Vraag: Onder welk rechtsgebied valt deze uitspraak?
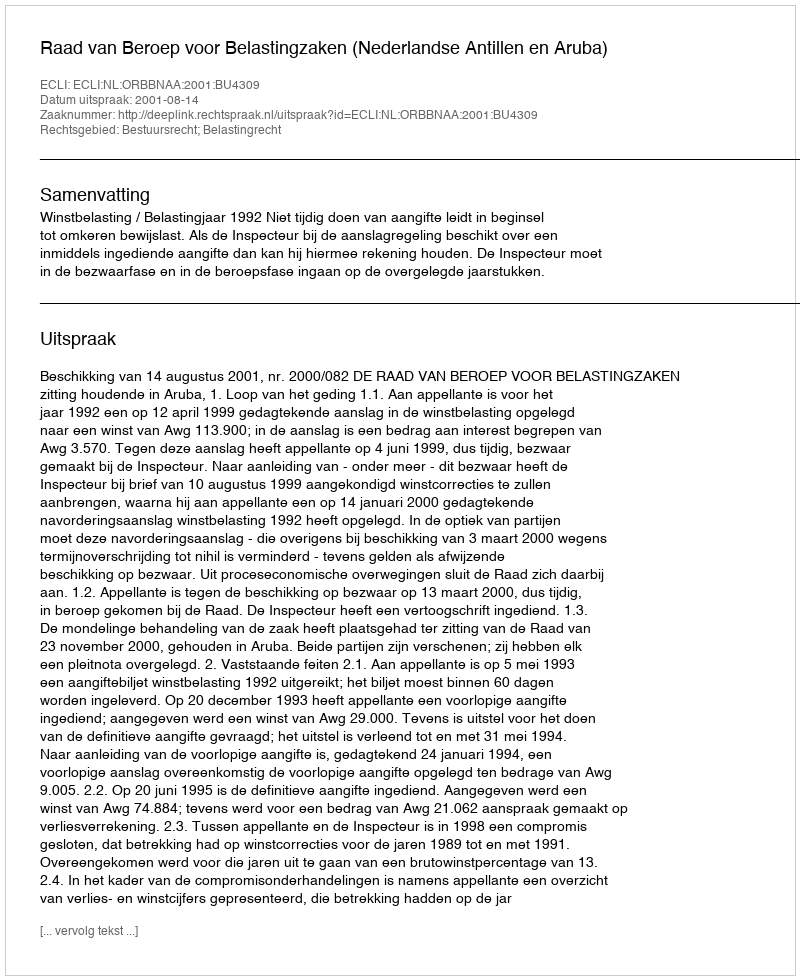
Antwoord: Bestuursrecht; Belastingrecht